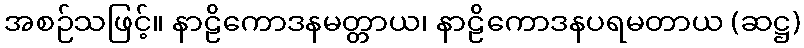
အစဉ်သဖြင့်။ နာဠိကောဒနမတ္တာယ၊ နာဠိကောဒနပရမတာယ (ဆဋ္ဌ)